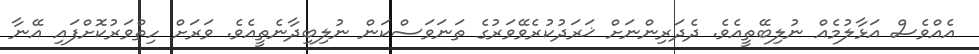
އެއްވެސް އަޅާލުމެއް ނުލިބޭތީއެވެ. ދެދަރިންނަށް ޚަރަދުކުރެވޭވަރުގެ ތަނަވަސްކަން ނުލިބިދާނެތީއެވެ. ވަރަށް ހިތްވަރުކޮށްފައި އޭނާ